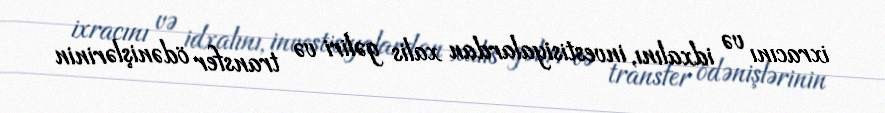
ixracını və idxalını, investisiyalardan xalis gəliri və transfer ödənişlərinin